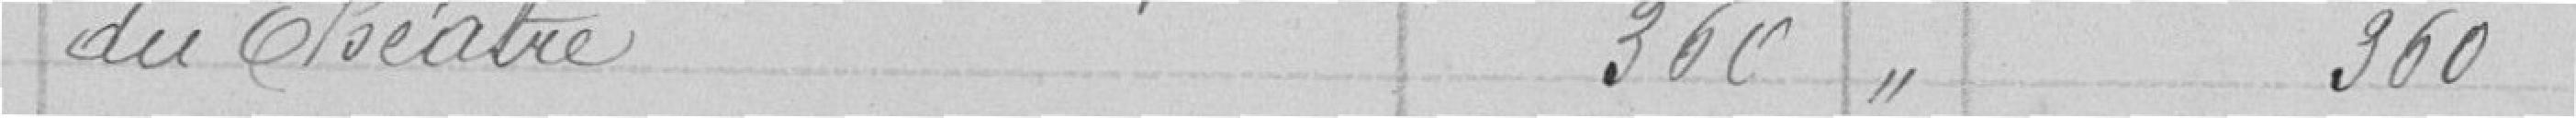
du théâtre 360" 360"